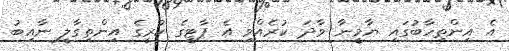
އެ އިންތިހާބުގައި ޔާމީނާ ވާދަ ކުރެއްވި އެ ޕާޓީގެ ކުރީގެ އިންތިގާލީ ނާއިބު